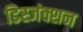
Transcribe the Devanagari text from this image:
डिस्जंक्शन